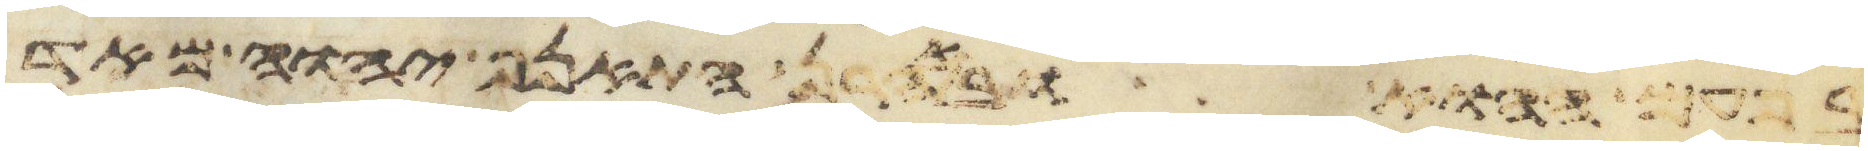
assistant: בפעם ההוא ובאהרן התאנף יהוה מאד